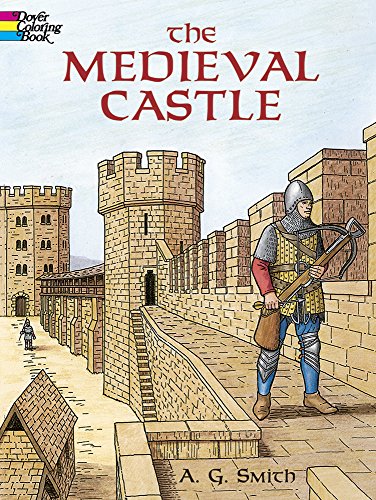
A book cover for The Medieval Castle (Dover History Coloring Book); A. G. Smith; Children's Books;